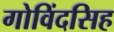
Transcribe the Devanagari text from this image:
गोविंदसिह